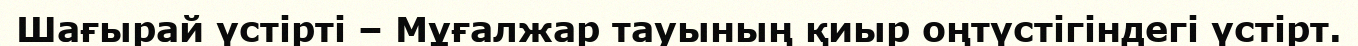
Шағырай үстірті – Мұғалжар тауының қиыр оңтүстігіндегі үстірт.